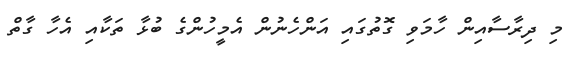
މި ދިރާސާއިން ހާމަވި ގޮތުގައި އަންހެނުން އެމީހުންގެ ބުޅާ ތަކާއި އެހާ ގާތް